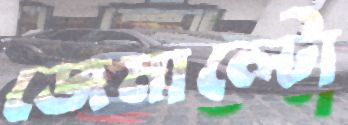
জেমাল্টো